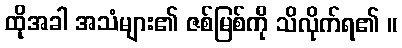
ထိုအခါ အသံများ၏ ဇစ်မြစ်ကို သိလိုက်ရ၏ ။